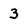
Character: 3